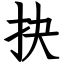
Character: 抉